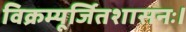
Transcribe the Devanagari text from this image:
विक्रम्यूर्जितशासनः।